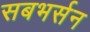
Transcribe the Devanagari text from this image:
सबभर्सन